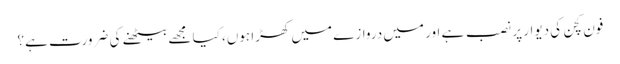
فون کچن کی دیوار پر نصب ہے اور میں دروازے میں کھڑا ہوں، کیا مجھے بیٹھنے کی ضرورت ہے؟